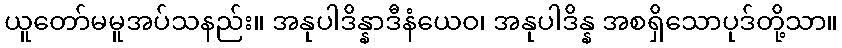
ယူတော်မမူအပ်သနည်း။ အနုပါဒိန္နာဒီနံယေဝ၊ အနုပါဒိန္န အစရှိသောပုဒ်တို့သာ။